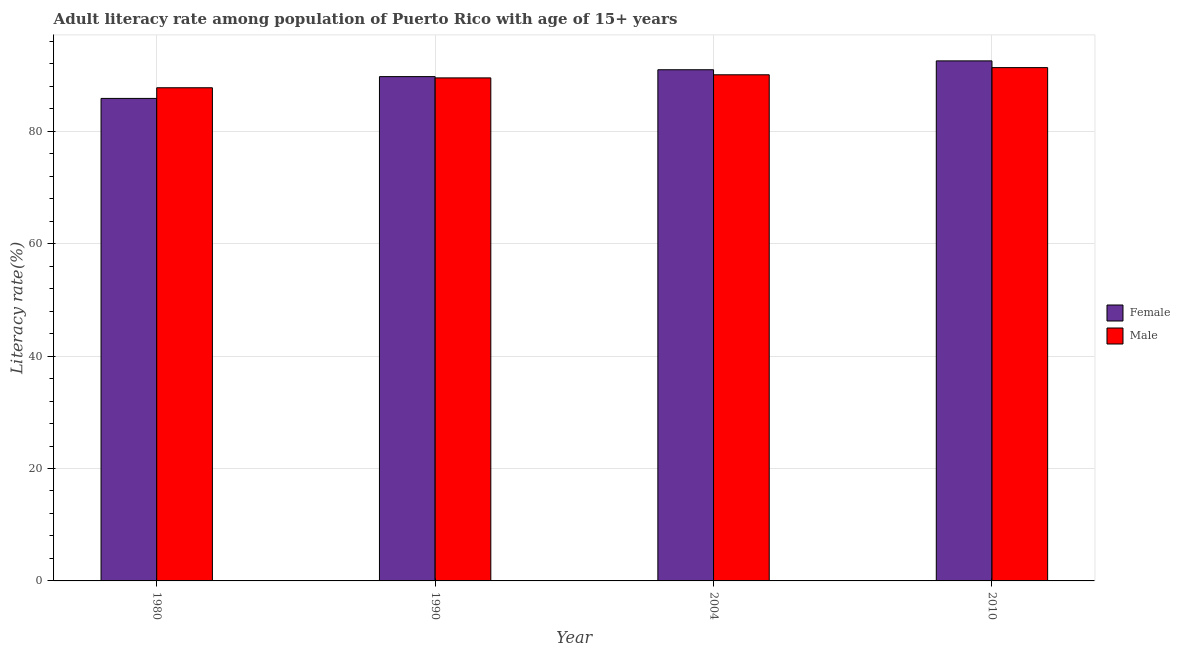
| Year | Female | Male |
 | --- | --- | --- |
 | 1980 | 85.9 | 87.7 |
 | 1990 | 89.7 | 89.5 |
 | 2004 | 91 | 90.1 |
 | 2010 | 92.5 | 91.3 |